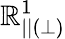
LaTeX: \mathbb{R}_{||(\perp)}^{1}